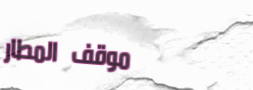
موقف المطار